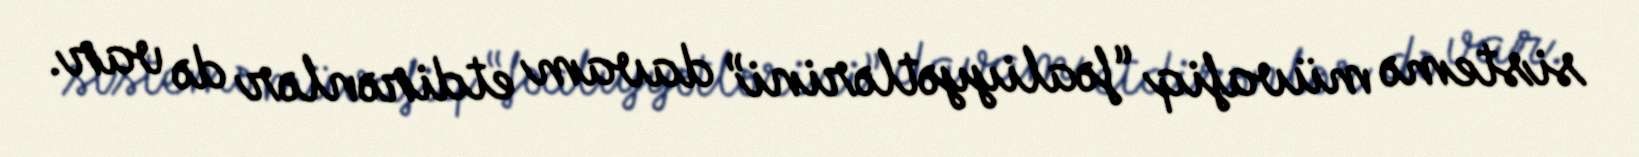
sistemə müvafiq “fəaliyyətlərini” davam etdirənlər də var.